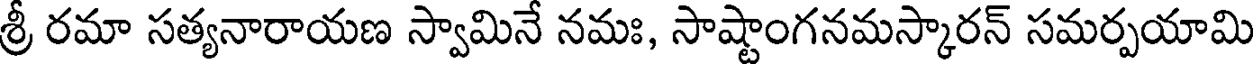
శ్రీ రమా సత్యనారాయణ స్వామినే నమః, సాష్టాంగనమస్కారన్ సమర్పయామి